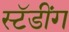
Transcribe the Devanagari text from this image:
स्टॅडींग